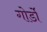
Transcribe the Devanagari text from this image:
गोर्डो